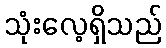
သုံးလေ့ရှိသည်